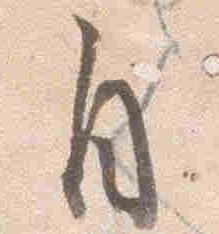
自